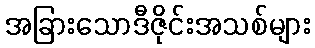
အခြားသောဒီဇိုင်းအသစ်များ